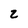
Character: 2